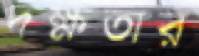
দক্ষতার